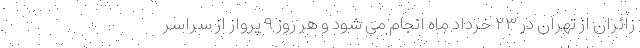
زائران از تهران در ۲۳ خرداد ماه انجام می شود و هر روز ۹ پرواز از سراسر